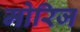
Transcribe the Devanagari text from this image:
मोरिज